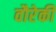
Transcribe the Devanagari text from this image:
वौरेकी